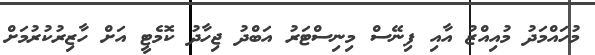
މުހައްމަދު މުއިއްޒު އާއި ފިނޭސް މިނިސްޓަރު އަބްދު ޖިހާދު ކޮމެޓީ އަށް ހާޒިރުކުރުމަށް